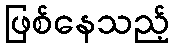
ဖြစ်နေသည့်